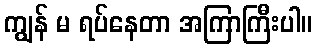
ကျွန် မ ရပ်နေတာ အကြာကြီးပါ။